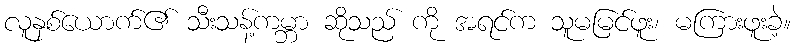
လူနှစ်ယောက်၏ သီးသန့်ကမ္ဘာ ဆိုသည် ကို အရင်က သူမမြင်ဖူး၊ မကြားဖူးခဲ့။